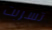
تسربت